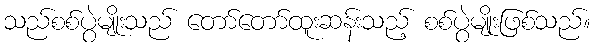
သည်စစ်ပွဲမျိုးသည် တော်တော်ထူးဆန်းသည့် စစ်ပွဲမျိုးဖြစ်သည်။